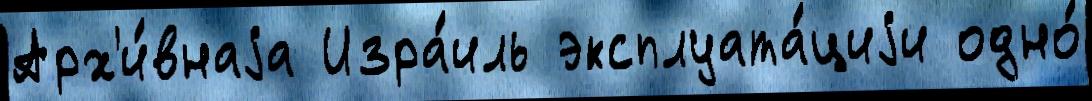
Арх'и́внаjа Изра́иль эксплуата́циjи одно́